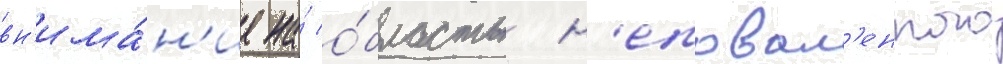
вн'има́н'ие на́ о́бласть н'еповал'енного